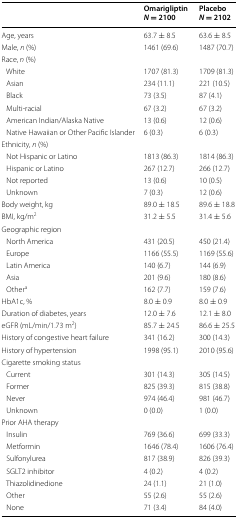
<table><thead><tr><td></td><td><b>Omarigliptin<i>N</i> = 2100</b></td><td><b>Placebo<i>N</i> = 2102</b></td></tr></thead><tbody><tr><td>Age, years</td><td>63.7 ± 8.5</td><td>63.6 ± 8.5</td></tr><tr><td>Male, <i>n</i> (%)</td><td>1461 (69.6)</td><td>1487 (70.7)</td></tr><tr><td colspan="3">Race, <i>n</i> (%)</td></tr><tr><td> White</td><td>1707 (81.3)</td><td>1709 (81.3)</td></tr><tr><td> Asian</td><td>234 (11.1)</td><td>221 (10.5)</td></tr><tr><td> Black</td><td>73 (3.5)</td><td>87 (4.1)</td></tr><tr><td> Multi-racial</td><td>67 (3.2)</td><td>67 (3.2)</td></tr><tr><td> American Indian/Alaska Native</td><td>13 (0.6)</td><td>12 (0.6)</td></tr><tr><td> Native Hawaiian or Other Pacific Islander</td><td>6 (0.3)</td><td>6 (0.3)</td></tr><tr><td colspan="3">Ethnicity, <i>n</i> (%)</td></tr><tr><td> Not Hispanic or Latino</td><td>1813 (86.3)</td><td>1814 (86.3)</td></tr><tr><td> Hispanic or Latino</td><td>267 (12.7)</td><td>266 (12.7)</td></tr><tr><td> Not reported</td><td>13 (0.6)</td><td>10 (0.5)</td></tr><tr><td> Unknown</td><td>7 (0.3)</td><td>12 (0.6)</td></tr><tr><td>Body weight, kg</td><td>89.0 ± 18.5</td><td>89.6 ± 18.8</td></tr><tr><td>BMI, kg/m<sup>2</sup></td><td>31.2 ± 5.5</td><td>31.4 ± 5.6</td></tr><tr><td colspan="3">Geographic region</td></tr><tr><td> North America</td><td>431 (20.5)</td><td>450 (21.4)</td></tr><tr><td> Europe</td><td>1166 (55.5)</td><td>1169 (55.6)</td></tr><tr><td> Latin America</td><td>140 (6.7)</td><td>144 (6.9)</td></tr><tr><td> Asia</td><td>201 (9.6)</td><td>180 (8.6)</td></tr><tr><td> Other<sup>a</sup></td><td>162 (7.7)</td><td>159 (7.6)</td></tr><tr><td>HbA1c, %</td><td>8.0 ± 0.9</td><td>8.0 ± 0.9</td></tr><tr><td>Duration of diabetes, years</td><td>12.0 ± 7.6</td><td>12.1 ± 8.0</td></tr><tr><td>eGFR (mL/min/1.73 m<sup>2</sup>)</td><td>85.7 ± 24.5</td><td>86.6 ± 25.5</td></tr><tr><td>History of congestive heart failure</td><td>341 (16.2)</td><td>300 (14.3)</td></tr><tr><td>History of hypertension</td><td>1998 (95.1)</td><td>2010 (95.6)</td></tr><tr><td colspan="3">Cigarette smoking status</td></tr><tr><td> Current</td><td>301 (14.3)</td><td>305 (14.5)</td></tr><tr><td> Former</td><td>825 (39.3)</td><td>815 (38.8)</td></tr><tr><td> Never</td><td>974 (46.4)</td><td>981 (46.7)</td></tr><tr><td> Unknown</td><td>0 (0.0)</td><td>1 (0.0)</td></tr><tr><td colspan="3">Prior AHA therapy</td></tr><tr><td> Insulin</td><td>769 (36.6)</td><td>699 (33.3)</td></tr><tr><td> Metformin</td><td>1646 (78.4)</td><td>1606 (76.4)</td></tr><tr><td> Sulfonylurea</td><td>817 (38.9)</td><td>826 (39.3)</td></tr><tr><td> SGLT2 inhibitor</td><td>4 (0.2)</td><td>4 (0.2)</td></tr><tr><td> Thiazolidinedione</td><td>24 (1.1)</td><td>21 (1.0)</td></tr><tr><td> Other</td><td>55 (2.6)</td><td>55 (2.6)</td></tr><tr><td> None</td><td>71 (3.4)</td><td>84 (4.0)</td></tr></tbody></table>